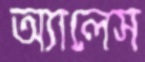
অ্যালেস